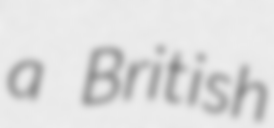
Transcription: a British